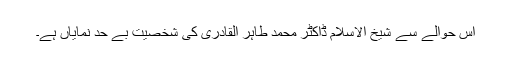
اس حوالے سے شیخ الاسلام ڈاکٹر محمد طاہر القادری کی شخصیت بے حد نمایاں ہے۔